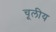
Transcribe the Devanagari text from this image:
चूलीय